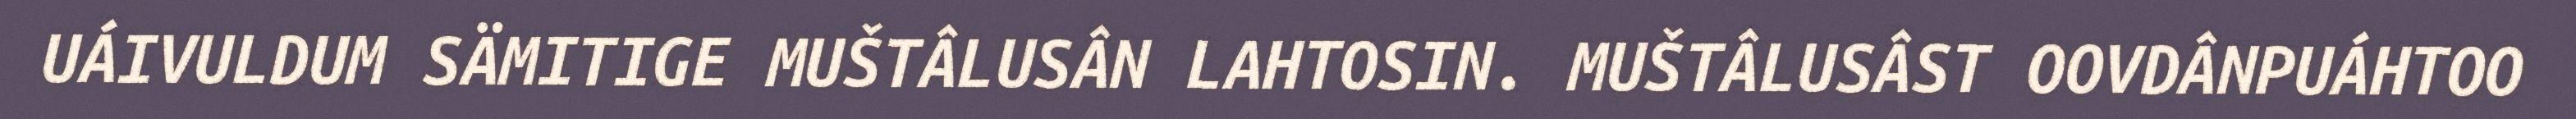
UÁIVULDUM SÄMITIGE MUŠTÂLUSÂN LAHTOSIN. MUŠTÂLUSÂST OOVDÂNPUÁHTOO